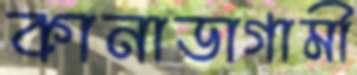
কানাডাগামী